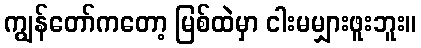
ကျွန်တော်ကတော့ မြစ်ထဲမှာ ငါးမမျှားဖူးဘူး။